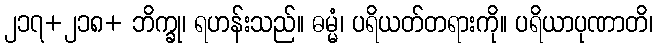
၂၁၇+၂၁၈+ ဘိက္ခု၊ ရဟန်းသည်။ ဓမ္မံ၊ ပရိယတ်တရားကို။ ပရိယာပုဏာတိ၊